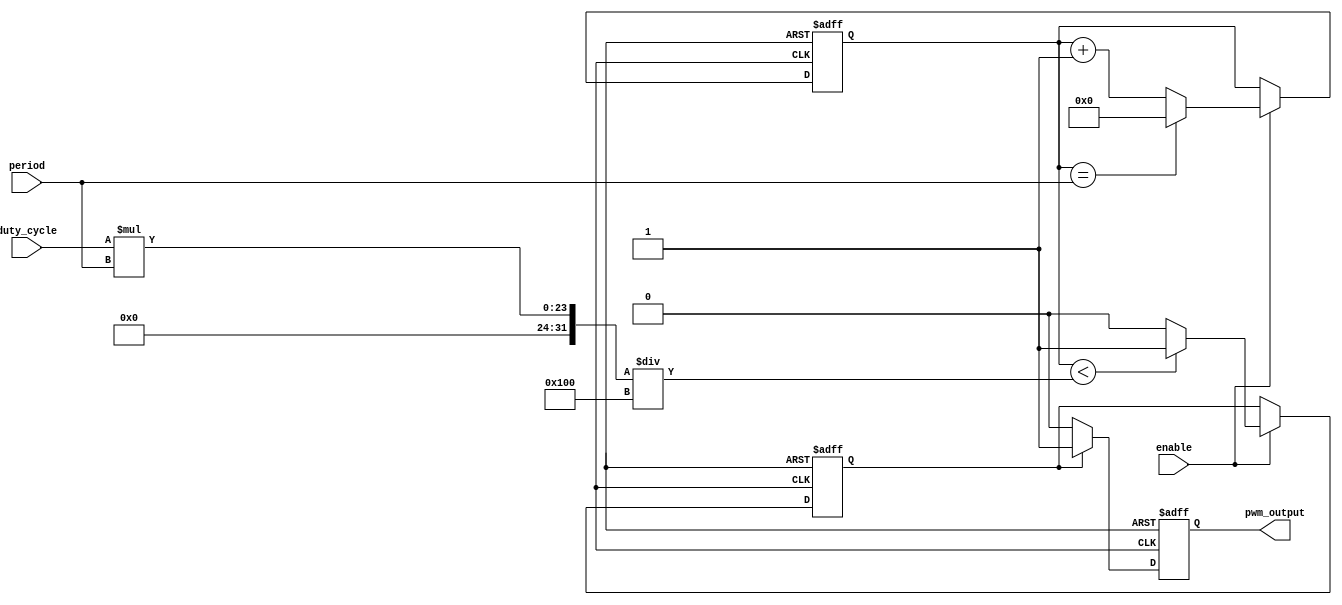
module pwm_timer (
    input wire enable,
    input wire [7:0] duty_cycle,
    input wire [15:0] period,
    output reg pwm_output
);

reg [15:0] counter;
reg comparator_out;
reg synchronized_pwm_output;

always @ (posedge clk or posedge reset) begin
    if (reset) begin
        counter <= 16'd0;
        comparator_out <= 1'b0;
        synchronized_pwm_output <= 1'b0;
    end else begin
        if (enable) begin
            if (counter == period) begin
                counter <= 16'd0;
            end else begin
                counter <= counter + 1;
            end
            
            if (counter < (duty_cycle * period) / 256) begin
                comparator_out <= 1'b1;
            end else begin
                comparator_out <= 1'b0;
            end
        end
        
        if (comparator_out) begin
            synchronized_pwm_output <= 1'b1;
        end else begin
            synchronized_pwm_output <= 1'b0;
        end
    end
end

assign pwm_output = synchronized_pwm_output;

endmodule